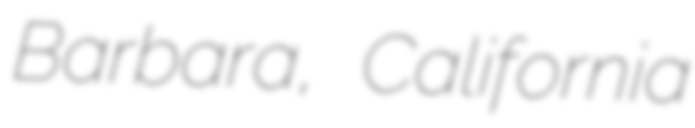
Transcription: Barbara, California